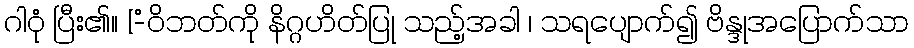
ဂါဝုံ ပြီး၏။ [-ံဝိဘတ်ကို နိဂ္ဂဟိတ်ပြု သည့်အခါ ၊ သရပျောက်၍ ဗိန္ဒုအပြောက်သာ